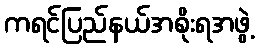
ကရင်ပြည်နယ်အစိုးရအဖွဲ့